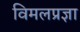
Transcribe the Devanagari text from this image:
विमलप्रज्ञा